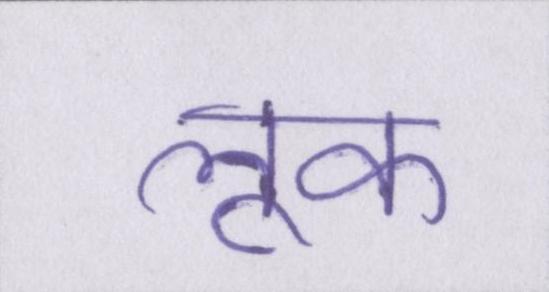
लूक